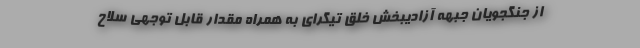
از جنگجویان جبهه آزادیبخش خلق تیگرای به همراه مقدار قابل توجهی سلاح